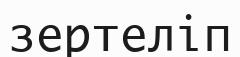
зертеліп